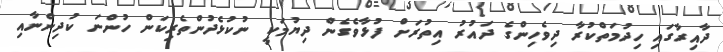
ދާއިރާގައި ހިދުމަތްކުރާ ދިވެހިންގެ ދައުރު އިތުރަށް ފުޅާވެގެން ދިޔުމަކީ ނުކުޅެދުންތެރިކަން ހުންނަ ކުދިންނާއި